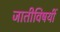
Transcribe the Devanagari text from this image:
जातीविषयीं